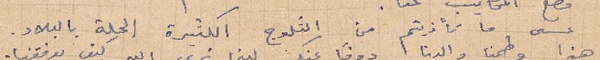
عسى ما تأذيتم من الثلوج الكثيرة الحلة بالبلاد.